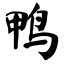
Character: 鸭